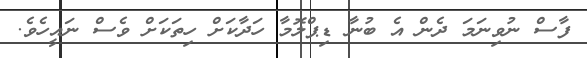
ފާސް ނުވިނަމަ ދެން އެ ބުނާ ޑިޕްލޮމާ ހަދާކަށް ހިތަކަށް ވެސް ނައީހެވެ.